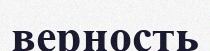
верность